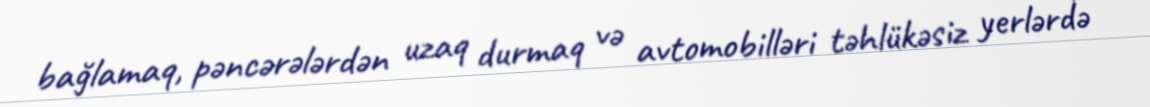
bağlamaq, pəncərələrdən uzaq durmaq və avtomobilləri təhlükəsiz yerlərdə